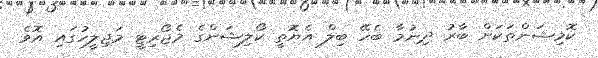
ކޮމިޝަންތަކަށް ބާރު ދިނުމާ ބެހޭ ބިލް އެޔޮތީ ކޯލިޝަންގެ މެޖޯރިޓީ މަޖިލީހުގައި އޮވެ